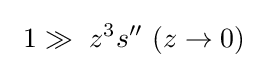
\ 1\gg \ z^{3}s^{\prime \prime }\ (z\to 0)